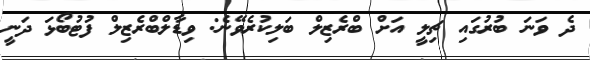
ދެ ވަނަ ބުރުގައި ޗިލީ އަށް ބްރެޒިލް ބަލިކުރެވޭނެ: ވިޑާލްބްރެޒިލް ފުޓުބޯޅަ ދަނީ